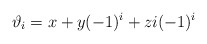
\begin{align*}\vartheta_i = x + y(-1)^i + z{i}(-1)^i\end{align*}